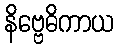
နိဗ္ဗေဓိကာယ